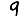
Digit: 9